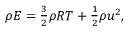
\begin{array} { r } { \rho E = \frac { 3 } { 2 } \rho R T + \frac { 1 } { 2 } \rho u ^ { 2 } , } \end{array}